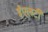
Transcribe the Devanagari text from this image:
ईएलटी